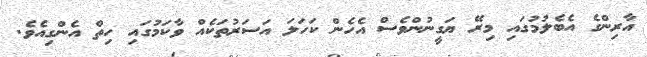
އާރިންގެ އެބެލުމުގައި މިރޭ ޔަގީނުންވެސް އެހެން ކަހަލަ އަސަރުތަކެއް ވާކަމުގައި ހިތް އެންގިއެވެ.